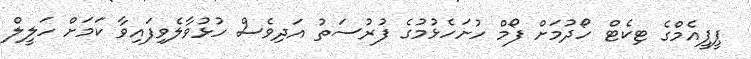
ޕީޕީއެމްގެ ޓިކެޓް ހޯދުމަށް ފޯމް ހުށަހެޅުމުގެ ފުރުސަތު އަދިވެސް ހުޅުވާލެވިފައިވާ ކަމަށް ހަލީލް